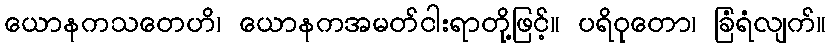
ယောနကသတေဟိ၊ ယောနကအမတ်ငါးရာတို့ဖြင့်။ ပရိဝုတော၊ ခြံရံလျက်။